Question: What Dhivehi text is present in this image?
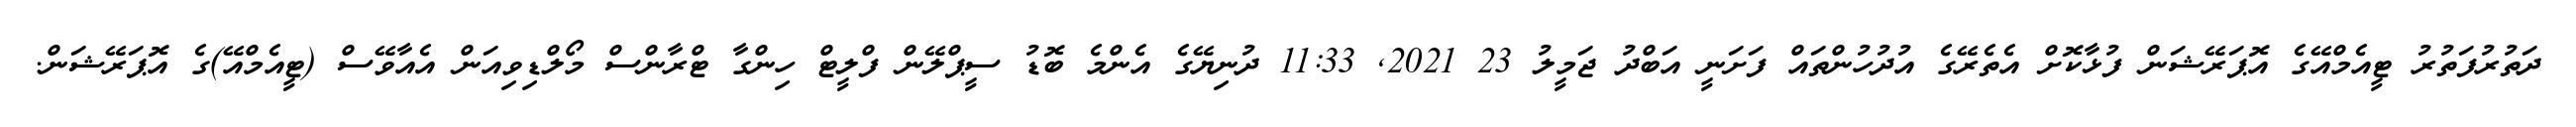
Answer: ދަތުރުފަތުރު ޓީއެމްއޭގެ އޮޕަރޭޝަން ފުޅާކޮށް އެތެރޭގެ އުދުހުންތައް ފަށަނީ އަބްދު ޖަމީލު 23 2021, 11:33 ދުނިޔޭގެ އެންމެ ބޮޑު ސީޕްލޭން ފްލީޓް ހިންގާ ޓްރާންސް މޯލްޑިވިއަން އެއާވޭސް (ޓީއެމްއޭ)ގެ އޮޕަރޭޝަން.